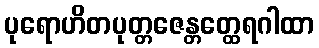
ပုရောဟိတပုတ္တဇေန္တတ္ထေရဂါထာ